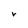
Character: V